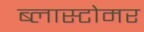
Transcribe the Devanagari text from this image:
ब्लास्टोमर